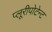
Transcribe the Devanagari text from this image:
प्लूरीपोटेन्ट